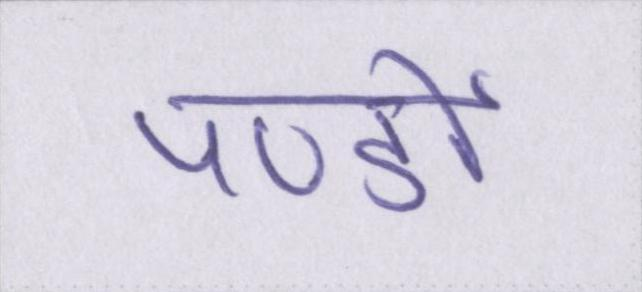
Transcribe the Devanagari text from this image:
पण्डों